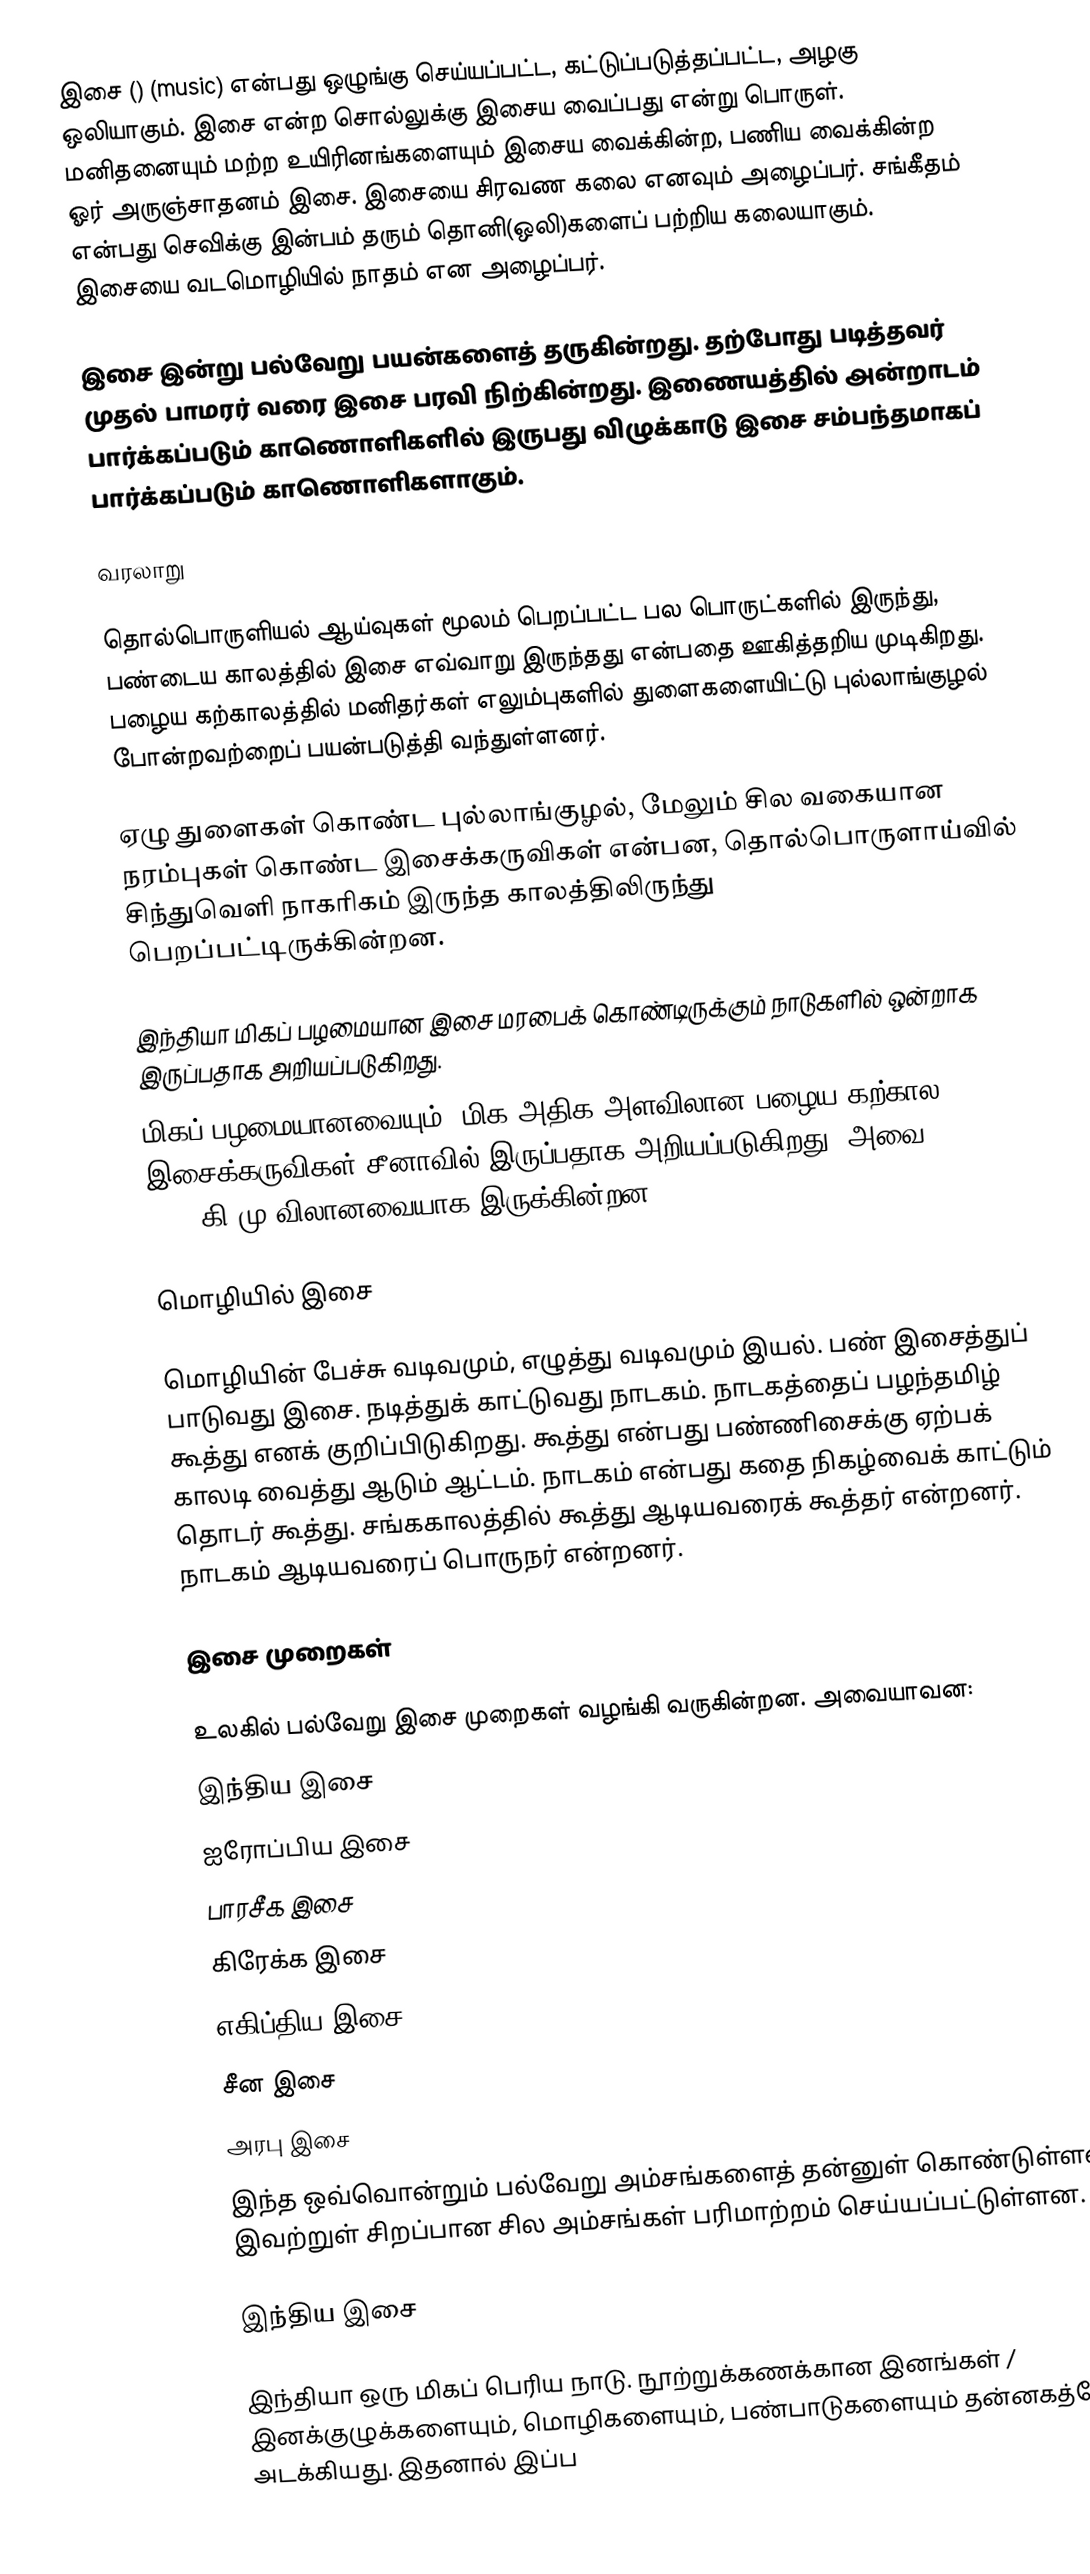
இசை () (music) என்பது ஒழுங்கு செய்யப்பட்ட, கட்டுப்படுத்தப்பட்ட, அழகு ஒலியாகும். இசை என்ற சொல்லுக்கு இசைய வைப்பது என்று பொருள். மனிதனையும் மற்ற உயிரினங்களையும் இசைய வைக்கின்ற, பணிய வைக்கின்ற ஓர் அருஞ்சாதனம் இசை. இசையை சிரவண கலை எனவும் அழைப்பர். சங்கீதம் என்பது செவிக்கு இன்பம் தரும் தொனி(ஒலி)களைப் பற்றிய கலையாகும். இசையை வடமொழியில் நாதம் என அழைப்பர்.

இசை இன்று பல்வேறு பயன்களைத் தருகின்றது. தற்போது படித்தவர் முதல் பாமரர் வரை இசை பரவி நிற்கின்றது. இணையத்தில் அன்றாடம் பார்க்கப்படும் காணொளிகளில் இருபது விழுக்காடு இசை சம்பந்தமாகப் பார்க்கப்படும் காணொளிகளாகும்.

வரலாறு

தொல்பொருளியல் ஆய்வுகள் மூலம் பெறப்பட்ட பல பொருட்களில் இருந்து, பண்டைய காலத்தில் இசை எவ்வாறு இருந்தது என்பதை ஊகித்தறிய முடிகிறது. பழைய கற்காலத்தில் மனிதர்கள் எலும்புகளில் துளைகளையிட்டு புல்லாங்குழல் போன்றவற்றைப்  பயன்படுத்தி வந்துள்ளனர்.

ஏழு துளைகள் கொண்ட புல்லாங்குழல், மேலும் சில வகையான நரம்புகள் கொண்ட இசைக்கருவிகள் என்பன, தொல்பொருளாய்வில் சிந்துவெளி நாகரிகம் இருந்த காலத்திலிருந்து பெறப்பட்டிருக்கின்றன.

இந்தியா மிகப் பழமையான இசை மரபைக் கொண்டிருக்கும் நாடுகளில் ஒன்றாக இருப்பதாக அறியப்படுகிறது.
மிகப் பழமையானவையும், மிக அதிக அளவிலான பழைய கற்கால இசைக்கருவிகள் சீனாவில் இருப்பதாக அறியப்படுகிறது. அவை 7000 – 6600 கி.மு விலானவையாக இருக்கின்றன.

மொழியில் இசை

மொழியின் பேச்சு வடிவமும், எழுத்து வடிவமும் இயல். பண் இசைத்துப் பாடுவது இசை. நடித்துக் காட்டுவது நாடகம். நாடகத்தைப் பழந்தமிழ் கூத்து எனக் குறிப்பிடுகிறது. கூத்து என்பது பண்ணிசைக்கு ஏற்பக் காலடி வைத்து ஆடும் ஆட்டம். நாடகம் என்பது கதை நிகழ்வைக் காட்டும் தொடர் கூத்து. சங்ககாலத்தில் கூத்து ஆடியவரைக் கூத்தர் என்றனர். நாடகம் ஆடியவரைப் பொருநர் என்றனர்.

இசை முறைகள்

உலகில் பல்வேறு இசை முறைகள் வழங்கி வருகின்றன. அவையாவன:
 இந்திய இசை
 ஐரோப்பிய இசை
 பாரசீக இசை
 கிரேக்க இசை
 எகிப்திய இசை
 சீன இசை
 அரபு இசை
இந்த ஒவ்வொன்றும் பல்வேறு அம்சங்களைத் தன்னுள் கொண்டுள்ளன. இவற்றுள் சிறப்பான சில அம்சங்கள் பரிமாற்றம் செய்யப்பட்டுள்ளன.

இந்திய இசை

இந்தியா ஒரு மிகப் பெரிய நாடு. நூற்றுக்கணக்கான இனங்கள் / இனக்குழுக்களையும், மொழிகளையும், பண்பாடுகளையும் தன்னகத்தே அடக்கியது. இதனால் இப்ப